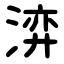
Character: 㴒